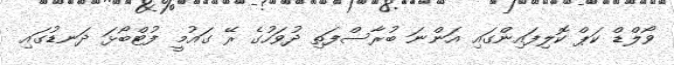
ވޯލްޑް ކަޕް ކޮލިފައިންގައި އަންނަ ބުރާސްފަތި ދުވަހުގެ ރޭ ގައުމީ ފުޓްބޯޅަ ދަނޑުގައި